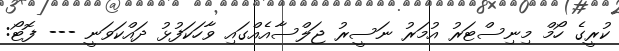
ކުރީގެ ހޯމް މިނިސްޓަރު އުމަރު ނަސީރު ޖަލްސާއެއްގައި ވާހަކަފުޅު ދައްކަވަނީ --- ފޮޓޯ: